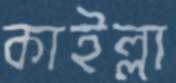
কাইল্লা